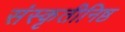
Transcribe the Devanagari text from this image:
संस्कृतीनिष्ठ